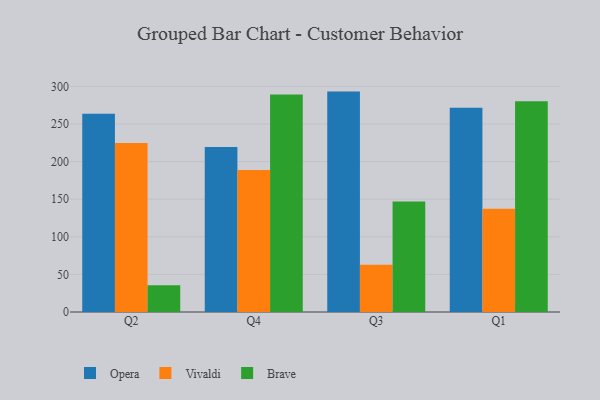
{"axis": {"x": "Quarter", "y": "Latency (ms)"}, "legend": ["Brave", "Opera", "Vivaldi"], "data": [{"x": "Q2", "y": 263.6, "type": "Opera"}, {"x": "Q2", "y": 224.8, "type": "Vivaldi"}, {"x": "Q2", "y": 35.5, "type": "Brave"}, {"x": "Q4", "y": 219.4, "type": "Opera"}, {"x": "Q4", "y": 188.8, "type": "Vivaldi"}, {"x": "Q4", "y": 289.2, "type": "Brave"}, {"x": "Q3", "y": 293.1, "type": "Opera"}, {"x": "Q3", "y": 63.0, "type": "Vivaldi"}, {"x": "Q3", "y": 146.8, "type": "Brave"}, {"x": "Q1", "y": 271.6, "type": "Opera"}, {"x": "Q1", "y": 137.4, "type": "Vivaldi"}, {"x": "Q1", "y": 280.4, "type": "Brave"}]}